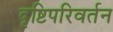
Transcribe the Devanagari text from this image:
दृष्टिपरिवर्तन